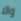
والا